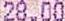
28.00